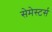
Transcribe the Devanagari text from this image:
सेमेस्टर्स